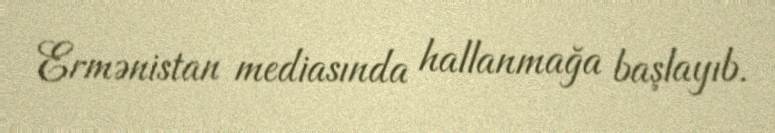
Ermənistan mediasında hallanmağa başlayıb.